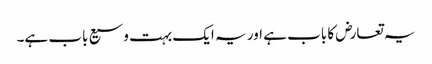
یہ تعارض کا باب ہے اور یہ ایک بہت وسیع باب ہے۔